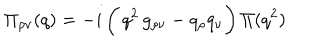
{ \Pi } _ { \rho \nu } ( q ) = - i \, \biggl ( \, q ^ { 2 } \, g _ { \rho \nu } - q _ { \rho } q _ { \nu } \biggr ) \, \Pi ( q ^ { 2 } )